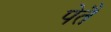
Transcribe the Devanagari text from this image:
पेतैं